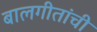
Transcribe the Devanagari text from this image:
बालगीतांची